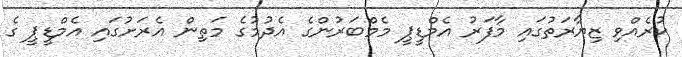
ކުރެއްވި ޒިޔާރަތުގައި މާފަރު އެމްޑީޕީ މެމްބަރުންގެ އެދުމުގެ މަތިން އެރަށުގައި އެމްޑީޕީ ގެ